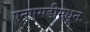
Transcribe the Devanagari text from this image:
एनएसडीमधून